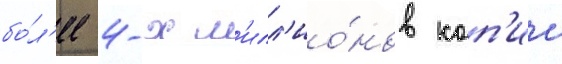
бо́л'ее 4-х м'илл'ио́нов коп'ии